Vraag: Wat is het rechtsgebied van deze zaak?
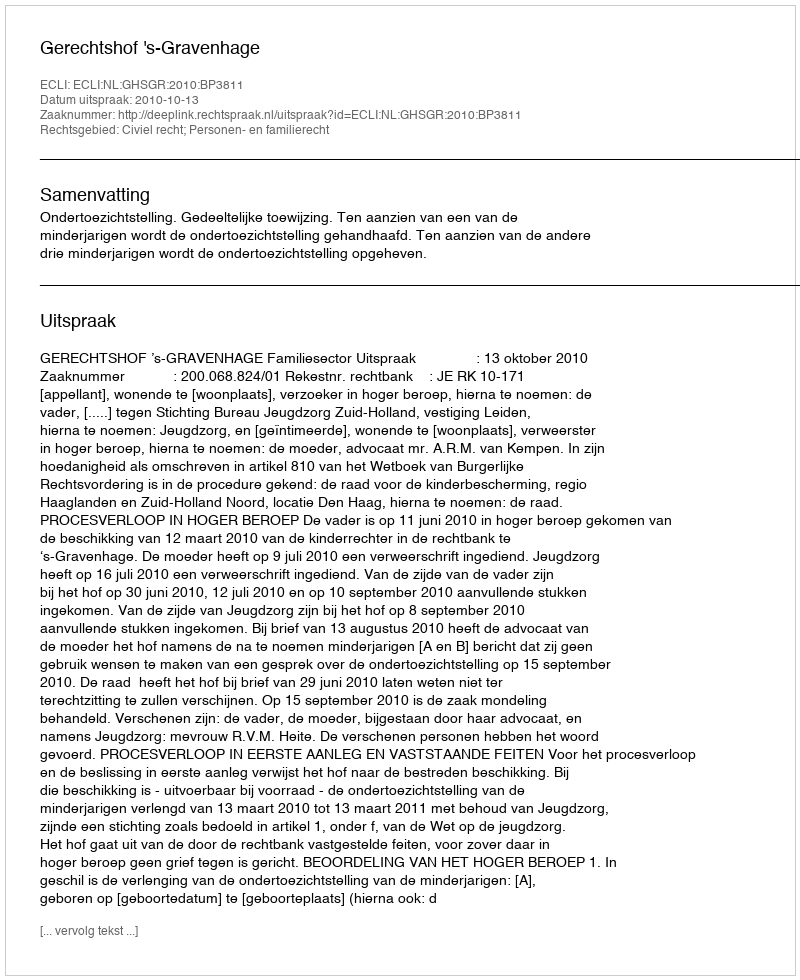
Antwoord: Civiel recht; Personen- en familierecht